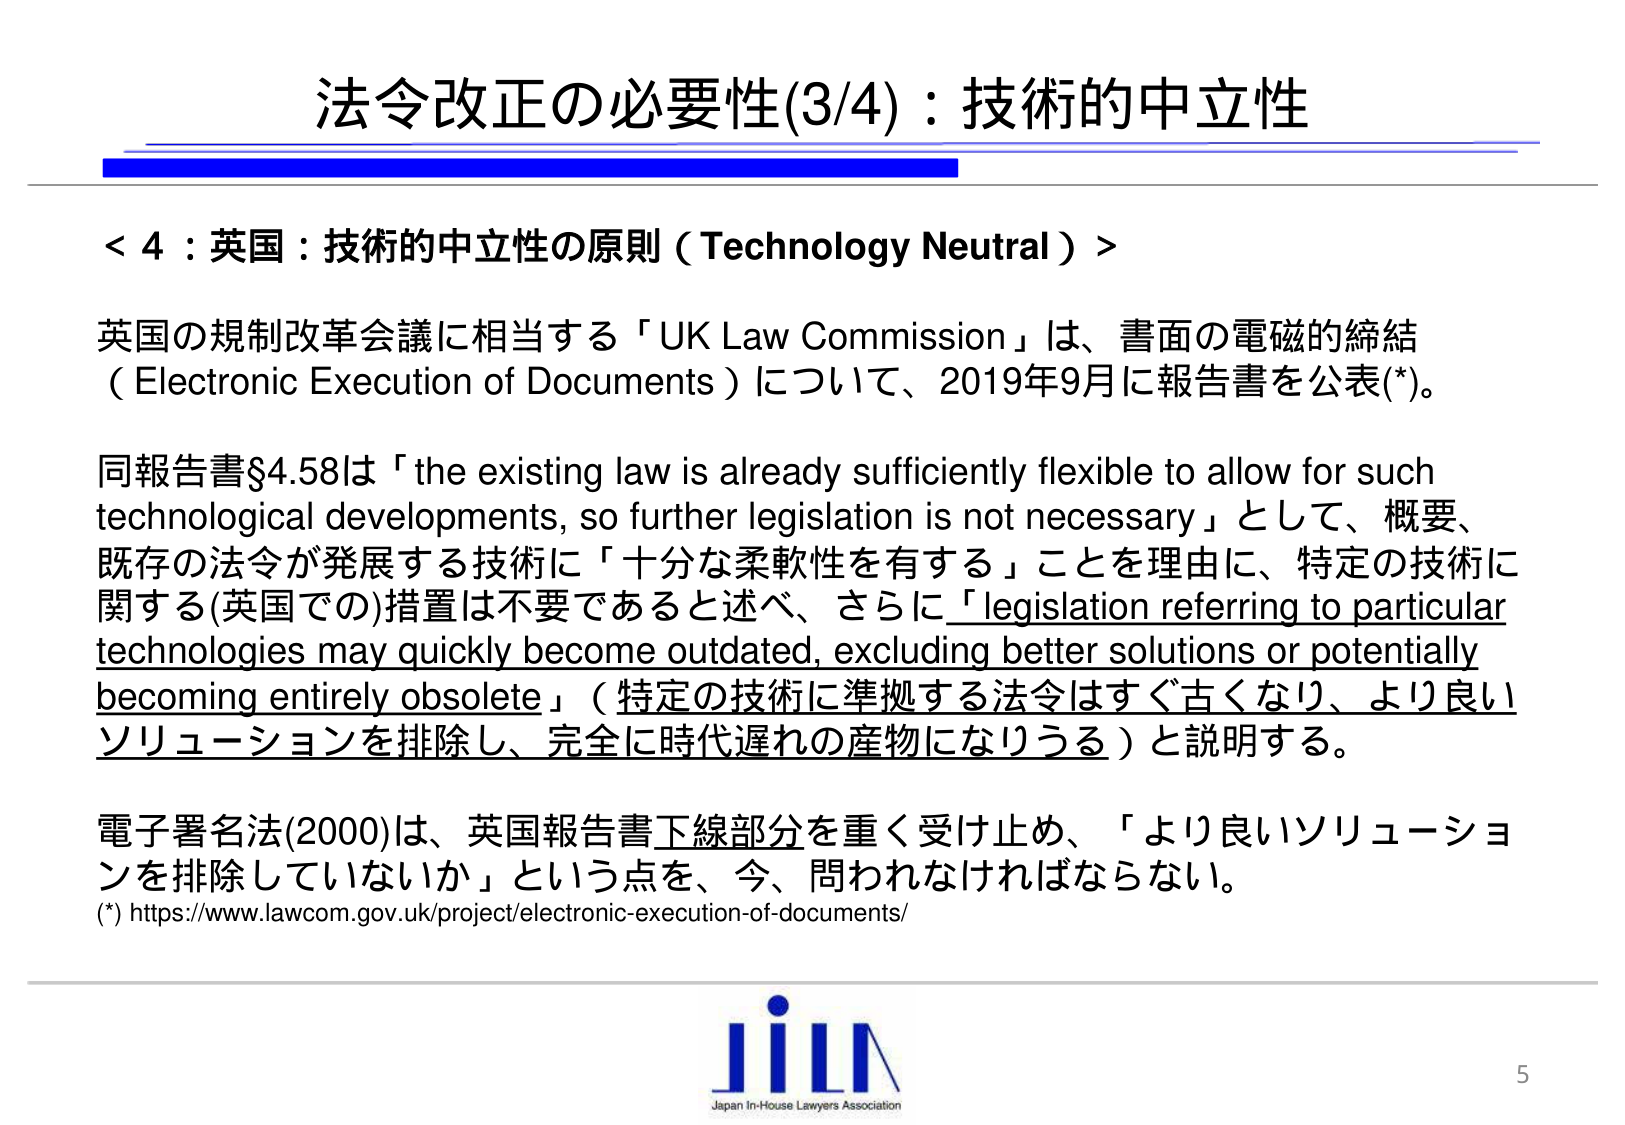
法令改正の必要性(3/4)：技術的中立性

＜4：英国：技術的中立性の原則（Technology Neutral）＞

英国の規制改革会議に相当する「UK Law Commission」は、書面の電磁的締結（Electronic Execution of Documents）について、2019年9月に報告書を公表(*)。

同報告書§4.58は「the existing law is already sufficiently flexible to allow for such technological developments, so further legislation is not necessary」として、概要、既存の法令が発展する技術に「十分な柔軟性を有する」ことを理由に、特定の技術に関する(英国での)措置は不要であると述べ、さらに「legislation referring to particular technologies may quickly become outdated, excluding better solutions or potentially becoming entirely obsolete」（特定の技術に準拠する法令はすぐ古くなり、より良いソリューションを排除し、完全に時代遅れの産物になりうる）と説明する。

電子署名法(2000)は、英国報告書下線部分を重く受け止め、「より良いソリューションを排除していないか」という点を、今、問われなければならない。

(*) https://www.lawcom.gov.uk/project/electronic-execution-of-documents/

JiLΛ
Japan In-House Lawyers Association
5